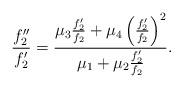
LaTeX: \begin{align*}\frac{f_{2}^{\prime \prime }}{f_{2}^{\prime }}=\frac{\mu _{3}\frac{f_{2}^{\prime }}{f_{2}}+\mu _{4}\left( \frac{f_{2}^{\prime }}{f_{2}}\right)^{2}}{\mu _{1}+\mu _{2}\frac{f_{2}^{\prime }}{f_{2}}}. \end{align*}